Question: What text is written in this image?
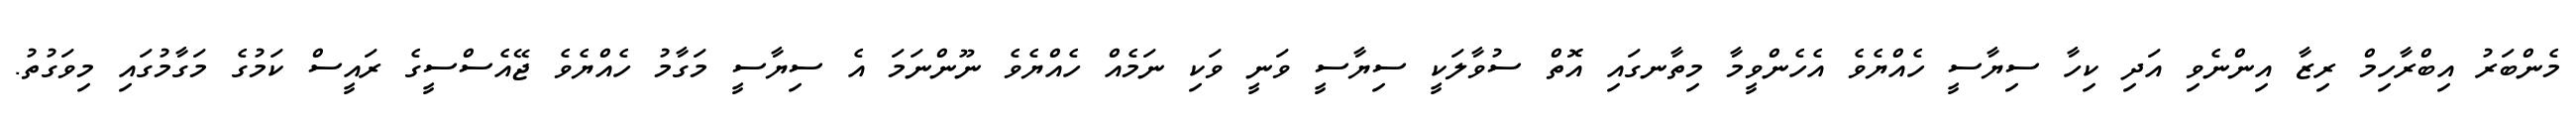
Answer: މެންބަރު އިބްރާހިމް ރިޒާ އިންނެވި އަދި ކިހާ ސިޔާސީ ހެއްޔެވެ އެހެންވީމާ މިތާނގައި އޮތް ސުވާލަކީ ސިޔާސީ ވަނީ ވަކި ނަމެއް ހެއްޔެވެ ނޫންނަމަ އެ ސިޔާސީ މަގާމު ހެއްޔެވެ ޖޭއެސްސީގެ ރައީސް ކަމުގެ މަގާމުގައި މިވަގުތު.